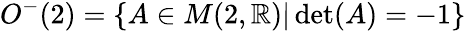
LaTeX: O^{-}(2)=\{ A\in M(2,\mathbb{R})|\operatorname*{det}(A)=-1\}